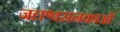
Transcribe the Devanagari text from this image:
जलश्वसनकाओं